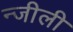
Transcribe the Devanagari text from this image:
न्जीली